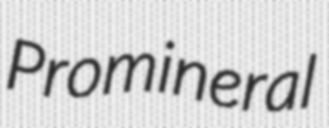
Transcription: Promineral